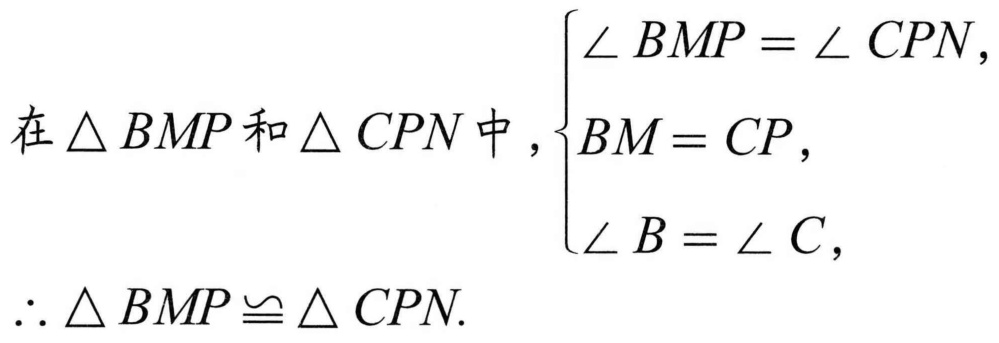
在\(\triangle BMP\)和\(\triangle CPN\)中，\(\begin{cases}
\angle BMP=\angle CPN,\\
BM = CP,\\
\angle B=\angle C,
\end{cases}\)
\(\therefore\triangle BMP\cong\triangle CPN\).